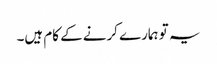
یہ تو ہمارے کرنے کے کام ہیں۔